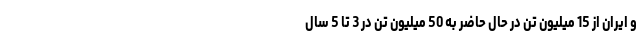
و ایران از 15 میلیون تن در حال حاضر به 50 میلیون تن در 3 تا 5 سال